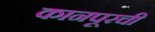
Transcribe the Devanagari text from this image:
कानपूरची